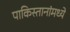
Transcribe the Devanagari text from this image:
पाकिस्तानांमध्ये